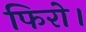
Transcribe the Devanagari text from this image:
फिरो।